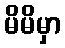
မိမိမှာ